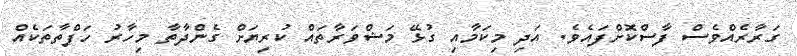
ގަރާރެއްވެސް ފާސްކޮށްފައެވެ. އަދި މިކަމާއި ގުޅޭ މަޝްވަރާތައް ކުރިޔަށް ގެންދާތާ މިހާރު ހަފްތާތަކެއް